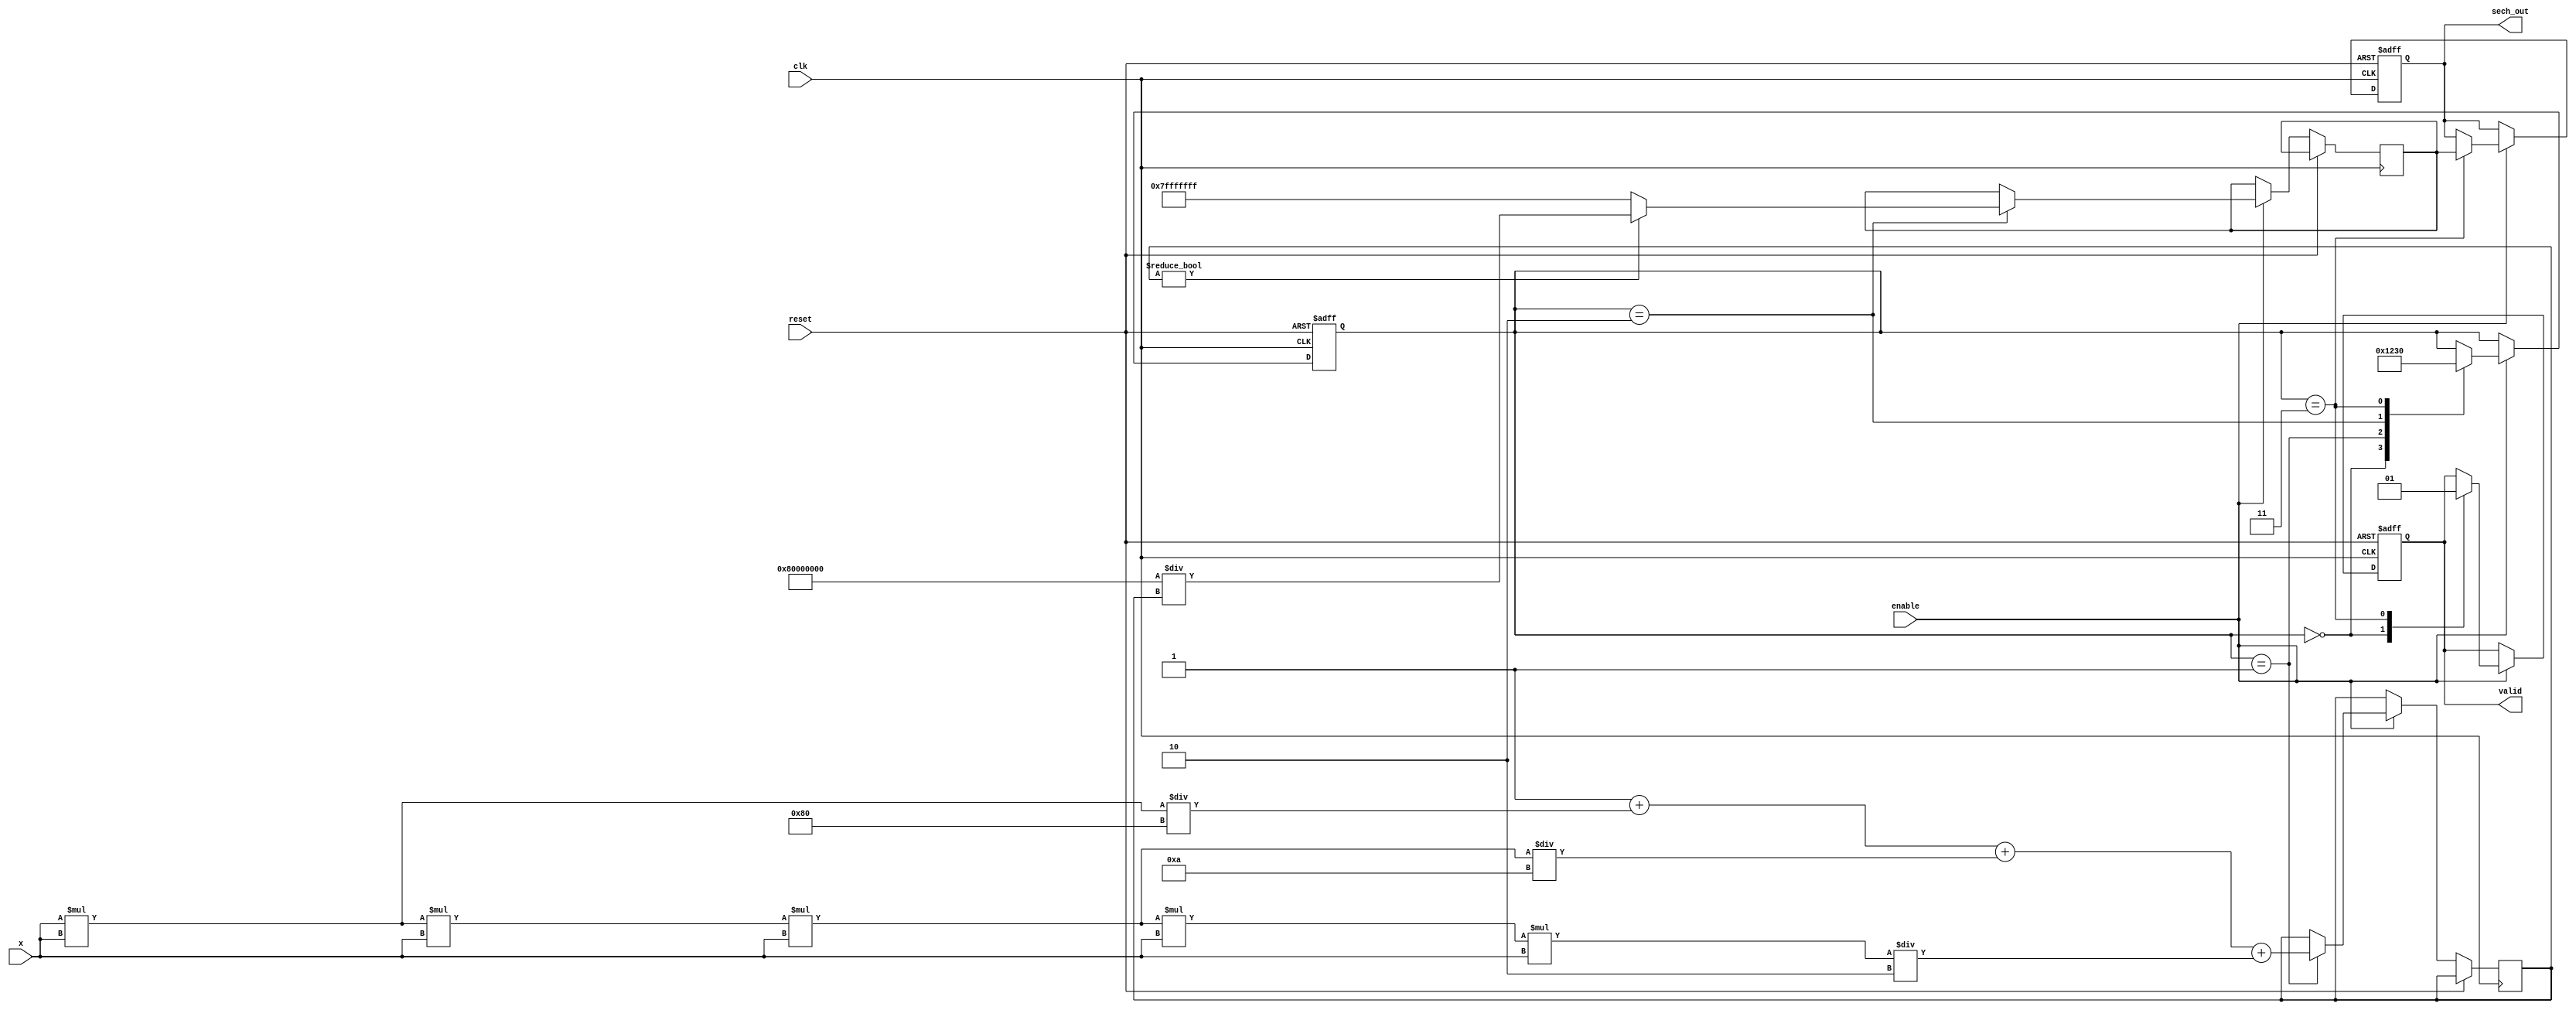
module hyperbolic_sech #(
    parameter N = 16, // Input width
    parameter M = 32  // Output width
)(
    input wire clk,
    input wire reset,
    input wire enable,
    input wire signed [N-1:0] x, // Input value
    output reg signed [M-1:0] sech_out, // Output value
    output reg valid // Output valid signal
);

    // Intermediate signals
    reg signed [M-1:0] cosh_x;
    reg signed [M-1:0] reciprocal;
    reg [3:0] state; // State machine for control

    // State definitions
    localparam IDLE = 4'b0000;
    localparam CALC_COSH = 4'b0001;
    localparam RECIPROCAL = 4'b0010;
    localparam OUTPUT = 4'b0011;

    // Taylor series coefficients for cosh(x)
    parameter [M-1:0] COEFF_0 = 32'h00000001; // 1
    parameter [M-1:0] COEFF_1 = 32'h00000000; // 0
    parameter [M-1:0] COEFF_2 = 32'h00000080; // 1/2!
    parameter [M-1:0] COEFF_3 = 32'h0000000A; // 1/4!
    parameter [M-1:0] COEFF_4 = 32'h00000002; // 1/6!

    // Cosh calculation using Taylor series
    always @(posedge clk or posedge reset) begin
        if (reset) begin
            state <= IDLE;
            sech_out <= 0;
            valid <= 0;
        end else if (enable) begin
            case (state)
                IDLE: begin
                    valid <= 0;
                    state <= CALC_COSH;
                end
                CALC_COSH: begin
                    // Compute cosh(x) using Taylor series
                    cosh_x <= COEFF_0 + (x * x) / COEFF_2 + (x * x * x * x) / COEFF_3 + (x * x * x * x * x * x) / COEFF_4;
                    state <= RECIPROCAL;
                end
                RECIPROCAL: begin
                    // Compute reciprocal of cosh(x)
                    if (cosh_x != 0) begin
                        reciprocal <= (1 << (M-1)) / cosh_x; // Fixed-point reciprocal
                    end else begin
                        reciprocal <= 32'h7FFFFFFF; // Handle division by zero
                    end
                    state <= OUTPUT;
                end
                OUTPUT: begin
                    sech_out <= reciprocal;
                    valid <= 1;
                    state <= IDLE;
                end
            endcase
        end
    end

endmodule